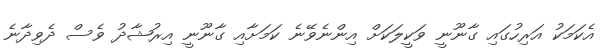
އެކަމަކު އަރިހުގައި ގާނޫނީ ވަކީލަކަށް އިންނެވޭނެ ކަމަށާއި ގާނޫނީ އިރުޝާދު ވެސް ދެވިދާނެ